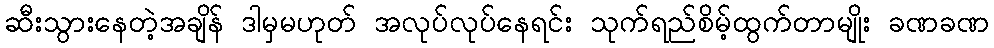
ဆီးသွားနေတဲ့အချိန် ဒါမှမဟုတ် အလုပ်လုပ်နေရင်း သုက်ရည်စိမ့်ထွက်တာမျိုး ခဏခဏ